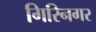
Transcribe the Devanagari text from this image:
गिरिनगर